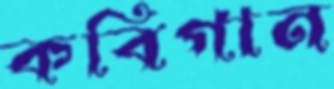
কবিগান